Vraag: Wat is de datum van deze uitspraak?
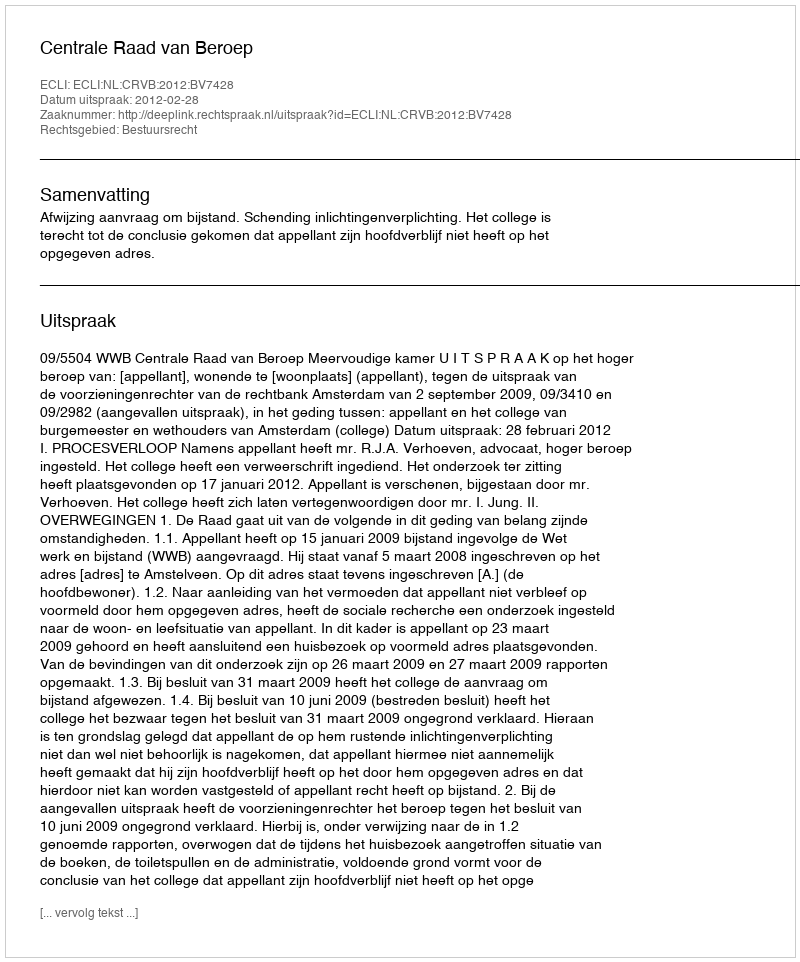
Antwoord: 2012-02-28